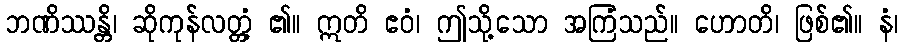
ဘဏိဿန္တိ၊ ဆိုကုန်လတ္တံ့ ၏။ ဣတိ ဧဝံ၊ ဤသို့သော အကြံသည်။ ဟောတိ၊ ဖြစ်၏။ နံ၊